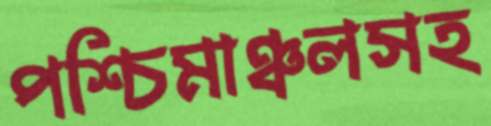
পশ্চিমাঞ্চলসহ